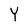
Character: Y